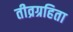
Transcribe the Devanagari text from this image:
तीव्रग्रहिता